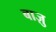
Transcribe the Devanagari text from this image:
बाज़ु